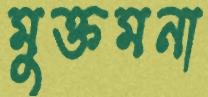
মুক্তমনা